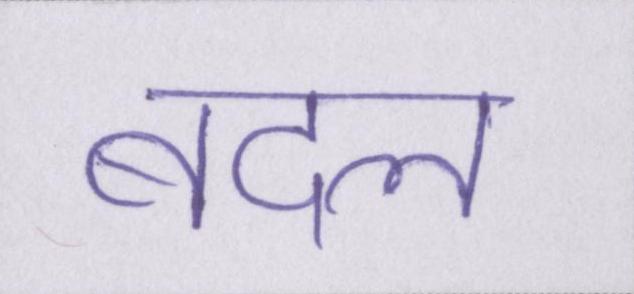
बदल